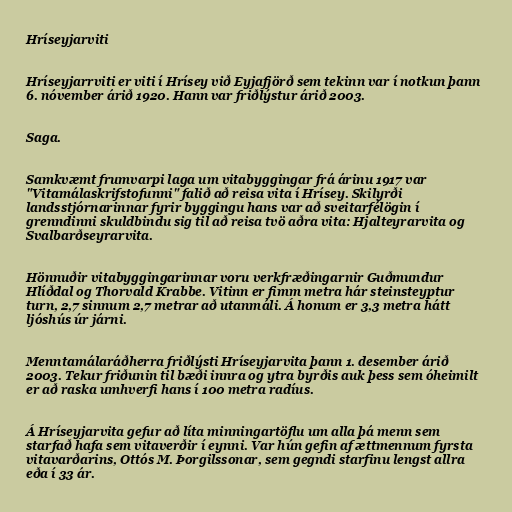
Hríseyjarviti

Hríseyjarrviti er viti í Hrísey við Eyjafjörð sem tekinn var í notkun þann
6. nóvember árið 1920. Hann var friðlýstur árið 2003.

Saga.

Samkvæmt frumvarpi laga um vitabyggingar frá árinu 1917 var
"Vitamálaskrifstofunni" falið að reisa vita í Hrísey. Skilyrði
landsstjórnarinnar fyrir byggingu hans var að sveitarfélögin í
grenndinni skuldbindu sig til að reisa tvö aðra vita: Hjalteyrarvita og
Svalbarðseyrarvita.

Hönnuðir vitabyggingarinnar voru verkfræðingarnir Guðmundur
Hlíðdal og Thorvald Krabbe. Vitinn er fimm metra hár steinsteyptur
turn, 2,7 sinnum 2,7 metrar að utanmáli. Á honum er 3,3 metra hátt
ljóshús úr járni.

Menntamálaráðherra friðlýsti Hríseyjarvita þann 1. desember árið
2003. Tekur friðunin til bæði innra og ytra byrðis auk þess sem óheimilt
er að raska umhverfi hans í 100 metra radíus.

Á Hríseyjarvita gefur að líta minningartöflu um alla þá menn sem
starfað hafa sem vitaverðir í eynni. Var hún gefin af ættmennum fyrsta
vitavarðarins, Ottós M. Þorgilssonar, sem gegndi starfinu lengst allra
eða í 33 ár.